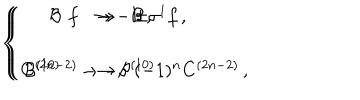
\left\{ \begin{array} { r c l } { { f } } & { { \rightarrow } } & { { \pm \sigma ^ { 1 } f \, , } } \\ { { } } & { { } } & { { } } \\ { { C ^ { ( 2 n - 2 ) } } } & { { \rightarrow } } & { { ( - 1 ) ^ { n } C ^ { ( 2 n - 2 ) } \, , } } \\ \end{array} \right. \hspace { 1 c m } \left\{ \begin{array} { r c l } { { { \cal B } } } & { { \rightarrow - { \cal B } \, , } } \\ { { } } & { { } } & { { } } \\ { { { \cal B } ^ { ( 1 0 ) } } } & { { \rightarrow - { \cal B } ^ { ( 1 0 ) } \, . } } \\ \end{array} \right.